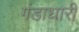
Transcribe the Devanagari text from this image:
गंडाधारी